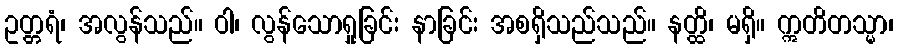
ဥတ္တရံ၊ အလွန်သည်။ ဝါ၊ လွန်သောရှုခြင်း နာခြင်း အစရှိသည်သည်။ နတ္ထိ၊ မရှိ။ ဣတိတသ္မာ၊